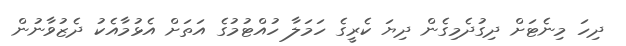
ދިހަ މިނެޓަށް ދިގުދެމިގެން ދިޔަ ކެރީގެ ހަމަލާ ހުއްޓުމުގެ އަތަށް އެޅުމާއެކު ދެޒުވާނުން